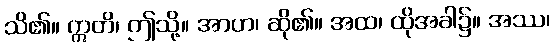
သိ၏။ ဣတိ၊ ဤသို့။ အာဟ၊ ဆို၏။ အထ၊ ထိုအခါ၌။ အဿ၊